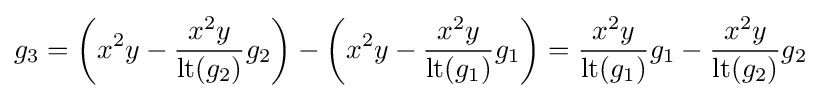
g_{3}=\left(x^{2}y-{\frac {x^{2}y}{\mathrm {lt} (g_{2})}}g_{2}\right)-\left(x^{2}y-{\frac {x^{2}y}{\mathrm {lt} (g_{1})}}g_{1}\right)={\frac {x^{2}y}{\mathrm {lt} (g_{1})}}g_{1}-{\frac {x^{2}y}{\mathrm {lt} (g_{2})}}g_{2}